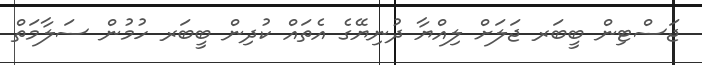
ޖަސްޓިން ބީބަރ ޖަލަށް ލިއްޔާ ދުނިޔޭގެ އެތައް ކުދިން ބީބަރ ހުމުން ސަލާމަތް